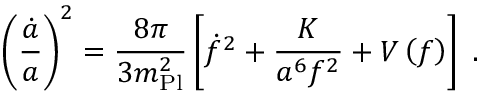
\left( { \frac { \dot { a } } { a } } \right) ^ { 2 } = { \frac { 8 \pi } { 3 m _ { \mathrm { P l } } ^ { 2 } } } \left[ \dot { f } ^ { 2 } + { \frac { K } { a ^ { 6 } f ^ { 2 } } } + V \left( f \right) \right] \; .